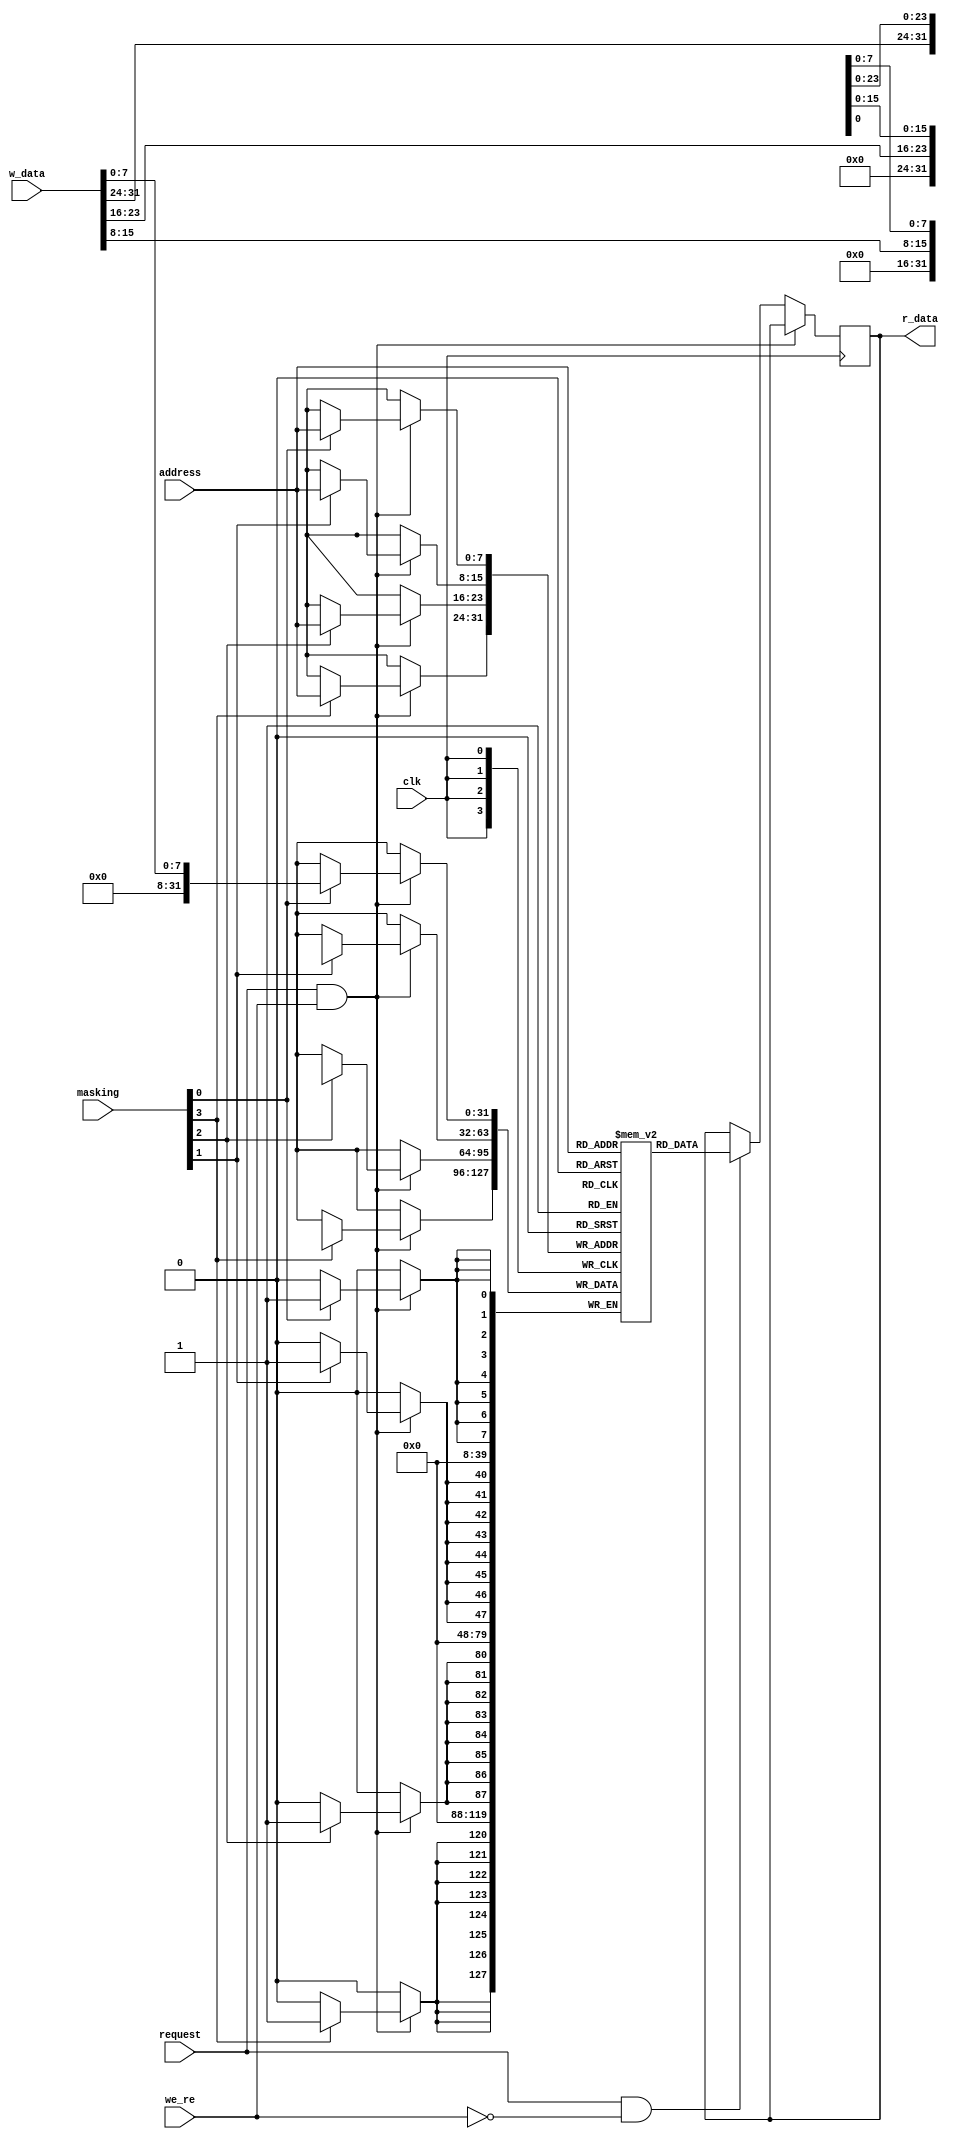
module c_mem#
(
    parameter  INIT_MEM = 0
)(
    input wire clk,
    input wire [7:0] address,
    input wire [31:0] w_data,
    input wire [3:0] masking,
    input wire we_re,
    input wire request,

    output reg [31:0] r_data
);

    reg [31:0] mem [0:255];

    initial begin
         if (INIT_MEM)
        $readmemh("tb/instr.mem",mem);
   end
    always @ (posedge clk) begin 
        if(request && we_re)begin
            // mem[address] <= w_data;

            if(masking[0]) begin
                mem[address][7:0] <= w_data[7:0];
            end
            if(masking[1]) begin
                mem[address][15:8] <= w_data[15:8];
            end
            if(masking[2]) begin
                mem[address][23:16] <= w_data[23:16];
            end
            if(masking[3]) begin
                mem[address][31:24] <= w_data[31:24];
            end
        end

        else if(request && !we_re)begin
            r_data<= mem[address];
        end
    end
endmodule